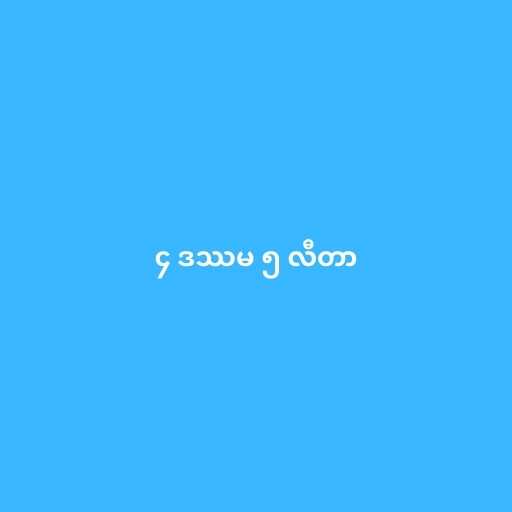
၄ ဒဿမ ၅ လီတာ